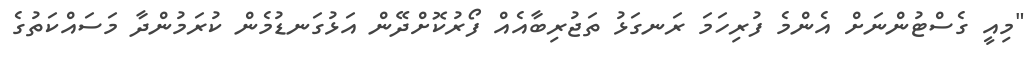
"މިއީ ގެސްޓުންނަށް އެންމެ ފުރިހަމަ ރަނގަޅު ތަޖުރިބާއެއް ފޯރުކޮށްދޭން އަޅުގަނޑުމެން ކުރަމުންދާ މަސައްކަތުގެ